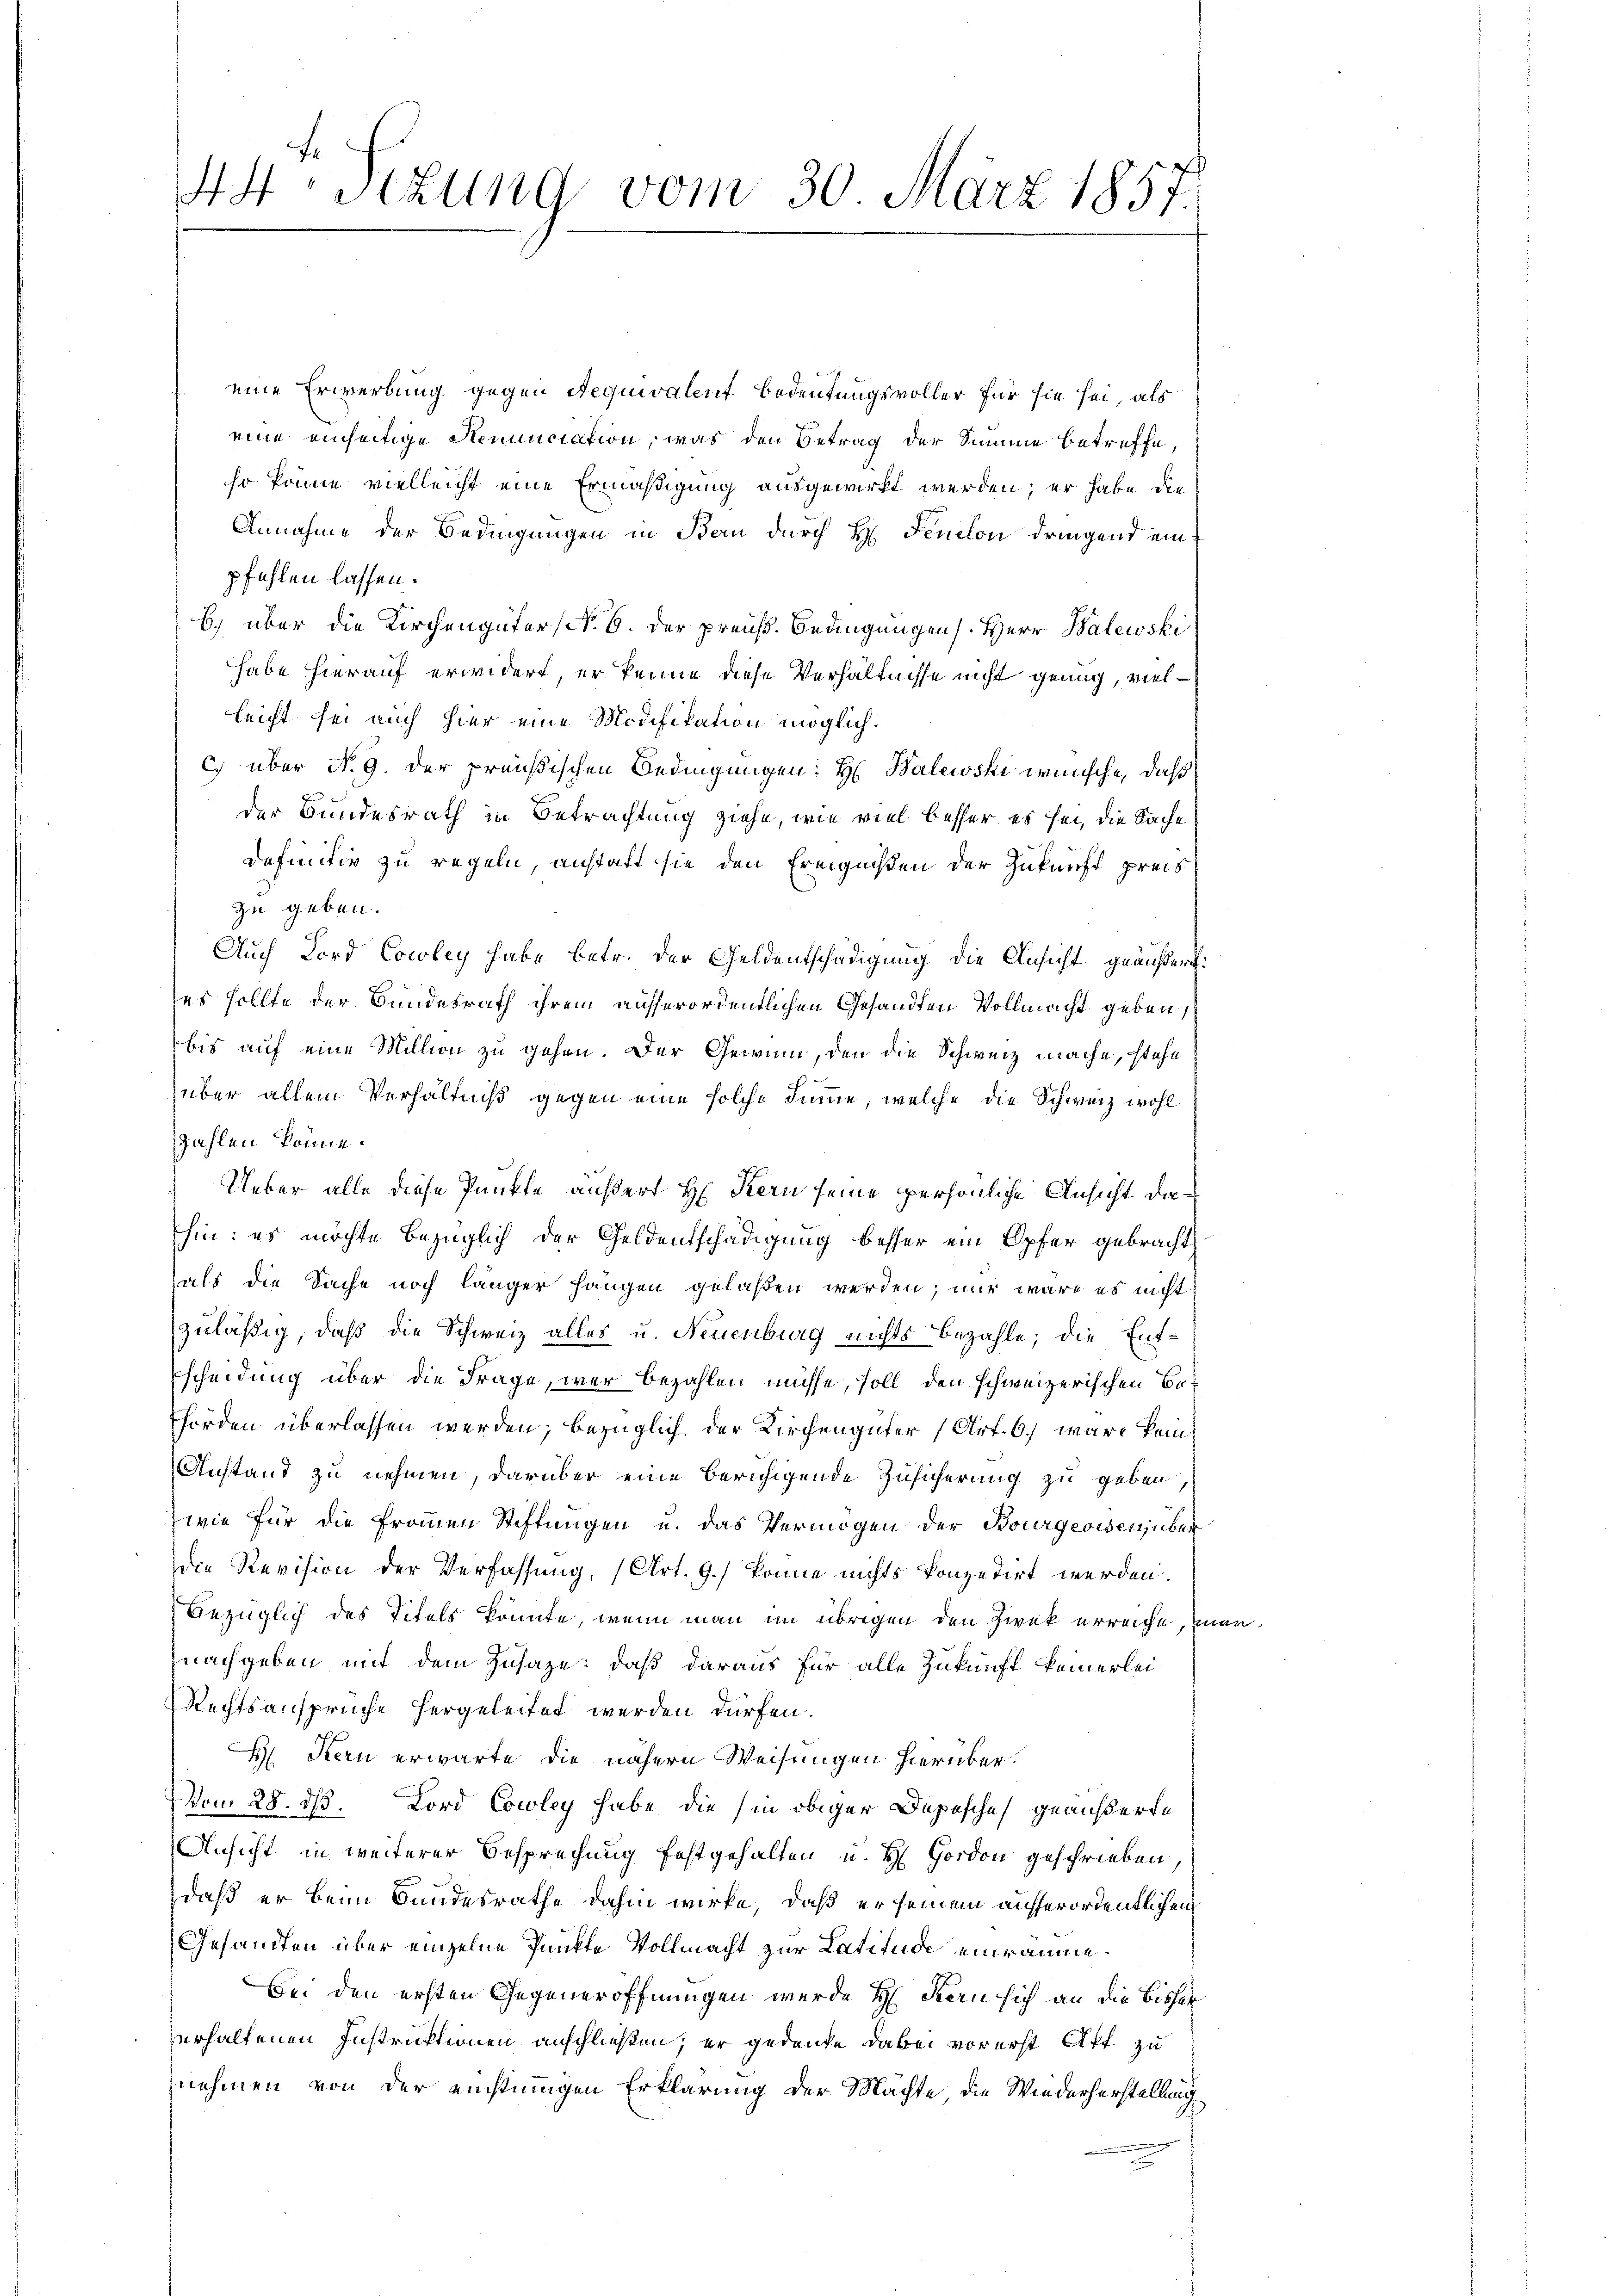
eine Erwerbung gegen Requivalent Bedeutungsvoller für sie sei, als
eine einseitige Renunciation, was den Betrag der Summe betreffe,
so könne vielleicht eine Ermäßigung ausgewirkt werden; er habe die
Annahme der Bedingungen in Bau durch H. Fenchon dringend einpfehlen lassen.
b.) über die Kirchengüter No. 6. der preuß. Bedingungens. Herr Balewski
habe hierauf erwidert, er kenne diese Verhältnisse nicht genug, vielleicht sei auch hier eine Modifikation möglich.
c) über No. 9. Der preußischen Bedingungen: H. Balewski wünsche, daß
der Bundesrath in Betrachtung ziehe, wie viel besser es sei, die Sache
Definitiv zu regeln, anstalt sie den Ereignißen der Zukunft preis
zu geben.
Auch Lord Cocoley habe betr. der Geldentschädigung die Ansicht geäußert:
ses sollte der Bundesrath ihrem ausserordentlichen Gesandten Vollmacht geben,
bis auf eine Million zu gehen. Der Gewinn, den die Schweiz mache, stehe
über allein Verhältniß gegen eine solche Summe, welche die Schweiz wohl
zahlen könne.
Ueber alle diese Punkte äußert H. Kern seine persönliche Ansicht dahin: es möchte bezüglich der Geldentschädigung besser ein Opfer gebracht
als die Sache noch länger hängen gelaßen werden; nur wäre es nicht
zuläßig, daß die Schweiz alles u. Neuenburg nichts bezahle; die Entscheidung über die Frage, war bezahlen müsse, soll den schweizerischen Behörden überlassen werden; bezüglich der Kirchengüter (Art. 6. wäre kein
Anstand zu nehmen, darüber eine beruhigende Zusicherung zu geben,
wie für die Frommen Stiftungen u. das Vermögen der Bourgeoisen über
die Revision der Verfassung, (Art. 9.) könne nichts konzedirt werden.
bezüglich des Titels könnte, wenn man im übrigen den Zwek erreiche, san
nachgeben mit dem Zusage: daß daraus für alle Zukunft keinerlei
Rechtsansprüche hergeleitet werden dürfen.
 Kern erwarte die nähern Weisungen hierüber.
vom 28. dß. Lord Cowley habe die in obiger Depesches geäußerte
Ansicht in weiterer Besprechung festgehalten u. H Gordon geschrieben
daß er beim Bundesrathe dahin wirke, daß er seinem ausserordentlichen
Gesandten über einzelne Punkte Vollmacht zur Latitude einräume.
Bei den ersten Gegeneröffnungen wurde H. Kern sich an die Bisher
erhaltenen Instruktionen anschließen, er gedanke dabei vorerst Akt zu
nehmen von der einstimmigen Erklärung der Mächte, die Wiederherstellung

44 Sitzung vom 30. März 1857.